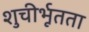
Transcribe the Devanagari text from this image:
शुचीर्भूतता